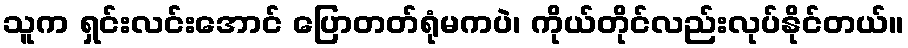
သူက ရှင်းလင်းအောင် ပြောတတ်ရုံမကပဲ၊ ကိုယ်တိုင်လည်းလုပ်နိုင်တယ်။